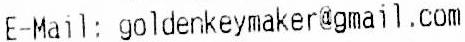
E-MAIL: GOLDENKEYMAKER@GMAIL.COM